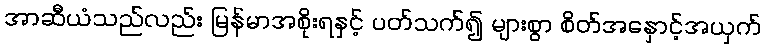
အာဆီယံသည်လည်း မြန်မာအစိုးရနှင့် ပတ်သက်၍ များစွာ စိတ်အနှောင့်အယှက်